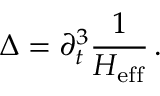
\Delta = \partial _ { t } ^ { 3 } \frac { 1 } { H _ { \mathrm { e f f } } } \, .